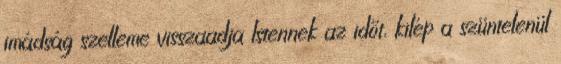
imádság szelleme visszaadja Istennek az időt, kilép a szüntelenül